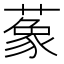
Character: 𦺨